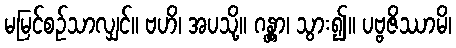
မမြင်စဉ်သာလျှင်။ ဗဟိ၊ အပသို့။ ဂန္တွာ၊ သွား၍။ ပဗ္ဗဇိဿာမိ၊